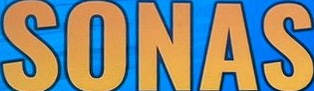
SONAS